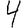
Digit: 4